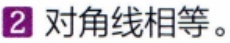
2 对角线相等。